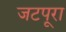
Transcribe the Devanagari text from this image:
जटपूरा